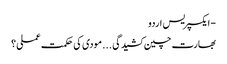
- ایکسپریس اردو
بھارت چین کشیدگی . . . مودی کی حکمت عملی ؟